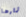
ثمارها